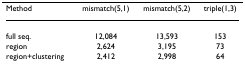
| Method | mismatch(5,1) | mismatch(5,2) | triple(1,3) |
 | --- | --- | --- | --- |
 | full seq. | 12,084 | 13,593 | 153 |
 | region | 2,624 | 3,195 | 73 |
 | region+clustering | 2,412 | 2,998 | 64 |